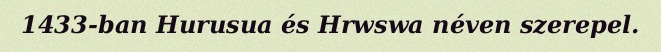
1433-ban Hurusua és Hrwswa néven szerepel.